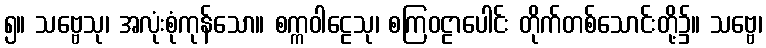
၅။ သဗ္ဗေသု၊ အလုံးစုံကုန်သော။ စက္ကဝါဠေသု၊ စကြဝဠာပေါင်း တိုက်တစ်သောင်းတို့၌။ သဗ္ဗေ၊